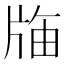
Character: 𭷌